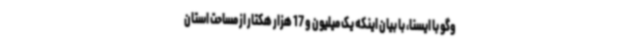
وگو با ایسنا، با بیان اینکه یک میلیون و 17 هزار هکتار از مساحت استان